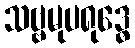
သဗ္ဗမုပရုဒ္ဓေ